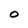
Character: 0